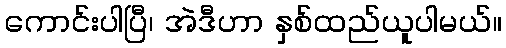
ကောင်းပါပြီ၊ အဲဒီဟာ နှစ်ထည်ယူပါမယ်။